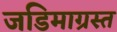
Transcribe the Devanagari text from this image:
जडिमाग्रस्त